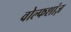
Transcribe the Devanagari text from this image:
वोल्फशांज़